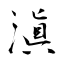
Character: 滇